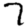
Digit: 7